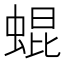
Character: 蜫